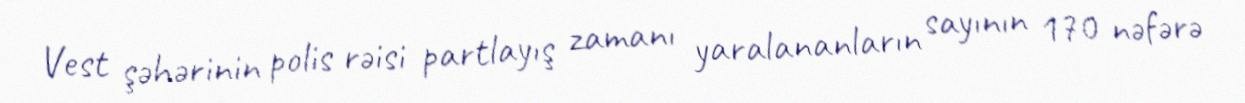
Vest şəhərinin polis rəisi partlayış zamanı yaralananların sayının 170 nəfərə